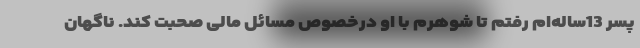
پسر 13ساله‌ام رفتم تا شوهرم با او درخصوص مسائل مالی صحبت کند. ناگهان